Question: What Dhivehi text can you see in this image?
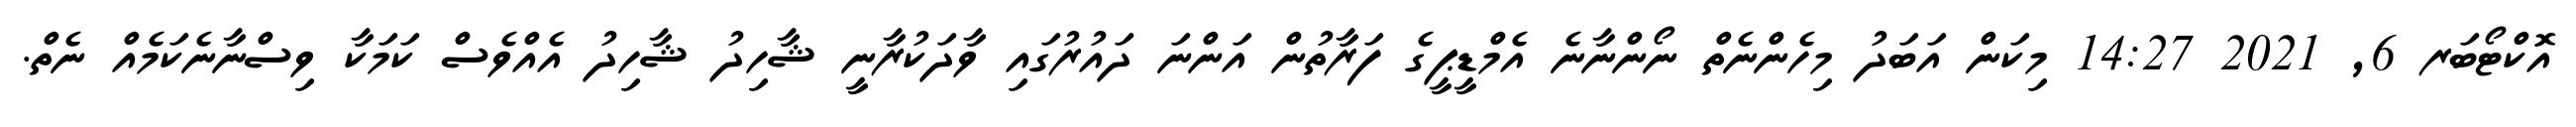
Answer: އޮކްޓޯބަރ 6, 2021 14:27 މިކަން އަބަދު މިހެންނެތް ނޯންނާނެ އެމްޑީޕީގެ ފަރާތުން އަންނަ ދައުރުގައި ވާދަކުރާނީ ޝާހިދު ޝާހިދު އެއްވެސް ކަމަކާ ވިސްނާނެކަމެއް ނެތް.